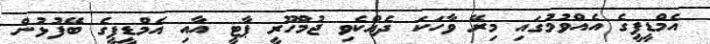
އެމްޑީޕީގެ އެއްވުމުގައި މިރޭ ވާހަކަ ދެއްކެވި ޖުމްހޫރީ ޕާޓީ އާއި އެމްޑީޕީގެ ބޭފުޅުން